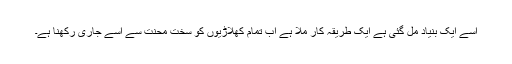
اسے ایک بنیاد مل گئی ہے ایک طریقہ کار ملا ہے اب تمام کھلاڑیوں کو سخت محنت سے اسے جاری رکھنا ہے۔